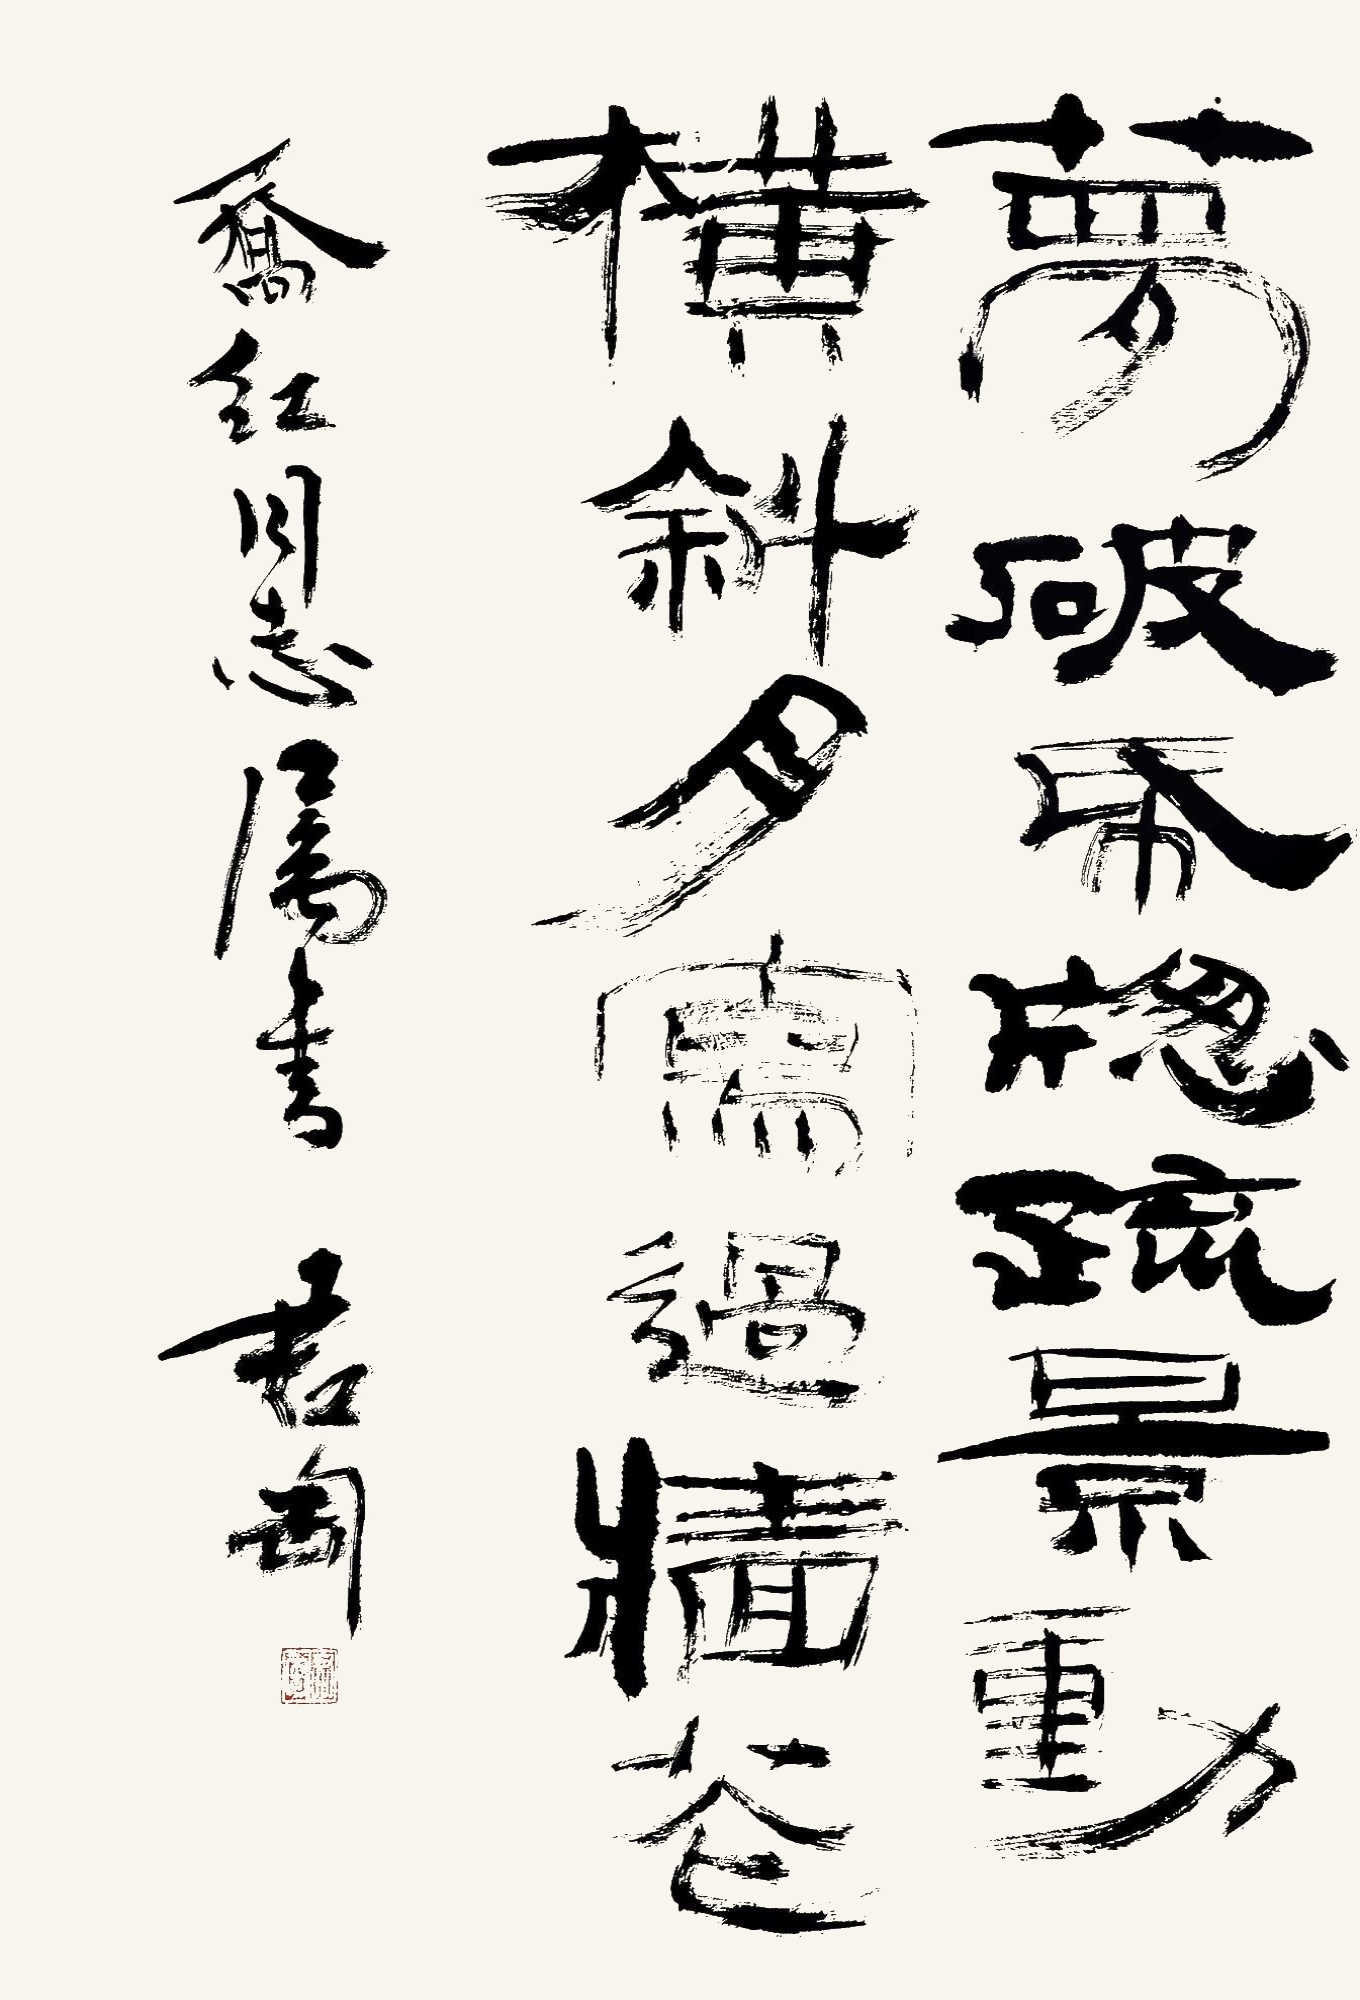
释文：梦破纸窗疏景动，横斜月写过墙花。乔红同志属书，君匋。